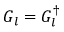
G _ { l } = G _ { l } ^ { \dagger }